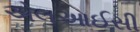
એલઆઈસી